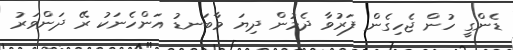
ޑެންގީ ހުން ޖެހިގެން ފަރުވާ ދެމުން ދިޔަ މާބަނޑު އަންހެނަކު ރޭ ދަންވަރު